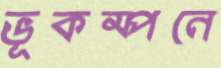
ভূকম্পনে